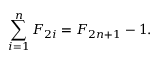
\sum _ { i = 1 } ^ { n } F _ { 2 i } = F _ { 2 n + 1 } - 1 .